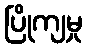
ပြိုကျမှု